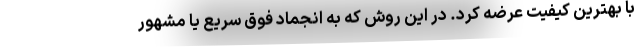
با بهترین کیفیت عرضه کرد. در این روش که به انجماد فوق سریع یا مشهور